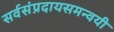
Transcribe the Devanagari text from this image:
सर्वसंप्रदायसमन्वयी